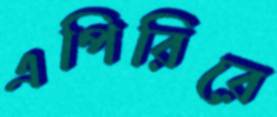
এপিরিরে